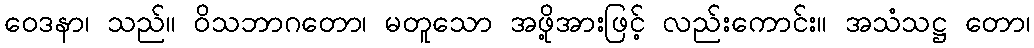
ဝေဒနာ၊ သည်။ ဝိသဘာဂတော၊ မတူသော အဖို့အားဖြင့် လည်းကောင်း။ အသံသဋ္ဌ တော၊